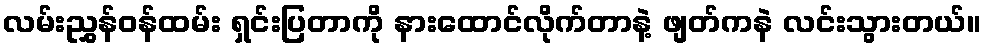
လမ်းညွှန်ဝန်ထမ်း ရှင်းပြတာကို နားထောင်လိုက်တာနဲ့ ဖျတ်ကနဲ လင်းသွားတယ်။